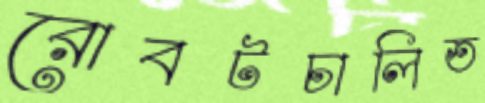
রোবটচালিত